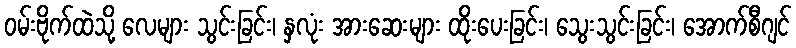
ဝမ်းဗိုက်ထဲသို့ လေများ သွင်းခြင်း၊ နှလုံး အားဆေးများ ထိုးပေးခြင်း၊ သွေးသွင်းခြင်း၊ အောက်စီဂျင်